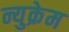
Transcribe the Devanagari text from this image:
न्युक्रेम